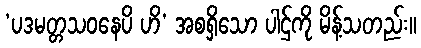
‘ပဒမတ္တသဝနေပိ ဟိ’ အစရှိသော ပါဌ်ကို မိန့်သတည်း။